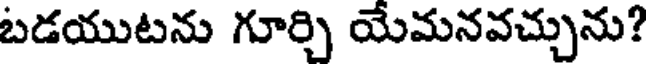
బడయుటను గూర్చి యేమనవచ్చును?